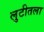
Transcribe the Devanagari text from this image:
लुटीतला